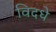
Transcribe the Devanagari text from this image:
विदधे